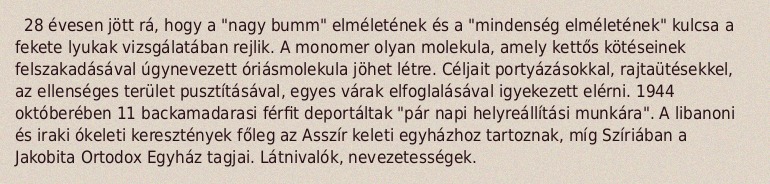
28 évesen jött rá, hogy a "nagy bumm" elméletének és a "mindenség elméletének" kulcsa a fekete lyukak vizsgálatában rejlik. A monomer olyan molekula, amely kettős kötéseinek felszakadásával úgynevezett óriásmolekula jöhet létre. Céljait portyázásokkal, rajtaütésekkel, az ellenséges terület pusztításával, egyes várak elfoglalásával igyekezett elérni. 1944 októberében 11 backamadarasi férfit deportáltak "pár napi helyreállítási munkára". A libanoni és iraki ókeleti keresztények főleg az Asszír keleti egyházhoz tartoznak, míg Szíriában a Jakobita Ortodox Egyház tagjai. Látnivalók, nevezetességek.